Leaving Certificate Examination, 1922
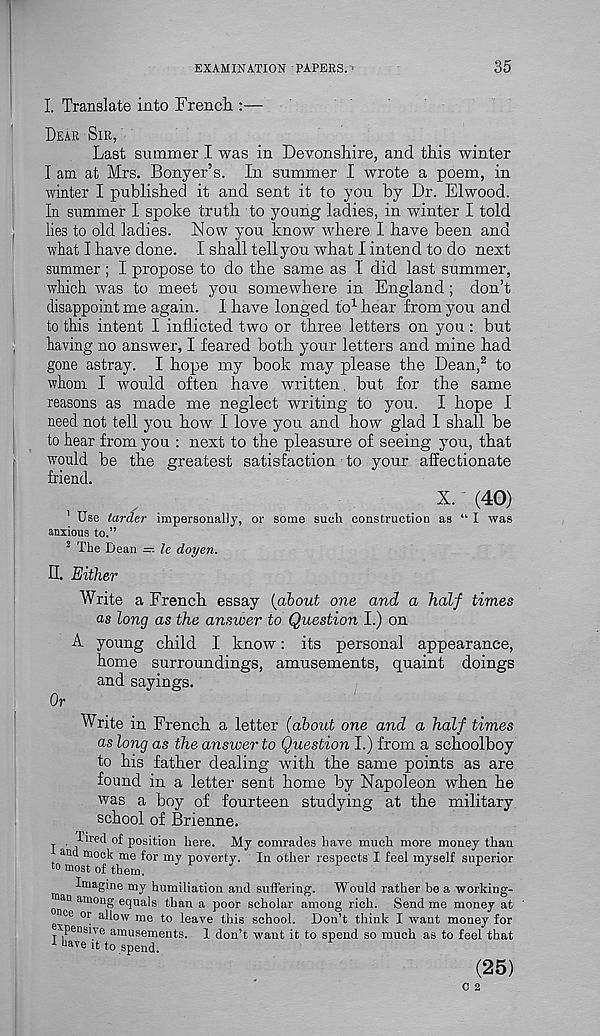
EXAMINATION PAPERS.
35
I. Translate into French :—
Dear Sir,
Last summer I was in Devonshire, and this winter
I am at Mrs. Bonyer’s. In summer I wrote a poem, in
winter I published it and sent it to you by Dr. Elwood.
In summer I spoke truth to young ladies, in winter I told
lies to old ladies. Now you know where I have been and
what I have done. I shall tell you what I intend to do next
summer ; I propose to do the same as I did last summer,
which was to meet you somewhere in England; don’t
disappoint me again. I have longed to 1 hear from you and
to this intent I inflicted two or three letters on you: but
having no answer, I feared both your letters and mine had
gone astray. I hope my book may please the Dean, 2 to
whom I would often have written, but for the same
reasons as made me neglect writing to you. I hope I
need not tell you how I love you and how glad I shall be
to hear from you : next to the pleasure of seeing you, that
would be the greatest satisfaction to your affectionate
friend.
X. (40)
1 Use tarder impersonally, or some such construction as “ I was
anxious to.”
2 The Dean = le doyen.
II. Either
Write a French essay {about one and a half times
as long as the answer to Question I.) on
A young child I know: its personal appearance,
home surroundings, amusements, quaint doings
and sayings.
Or
Write in French a letter (about one and a half times
as long as the answer to Question I.) from a schoolboy
to his father dealing with the same points as are
found in a letter sent home by Napoleon when he
was a boy of fourteen studying at the military
school of Brienne,
fired of position here. My comrades have much more money than
and mock me for my poverty. In other respects I feel myself superior
^ most of them.
J
F
J
r
Imagine my humiliation and suffering. "Would rather be a working-
man among equals than a poor scholar among rich. Send me money at
nee or allow me to leave this school. Don’t think I want money for
xpensive amusements. 1 don’t want it to spend so much as to feel that
1 nave it to spend.
(25)
C 2